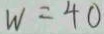
W = 4 0